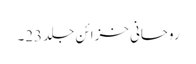
روحانی خزائن جلد 23۔